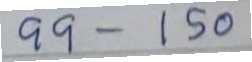
99 - 150